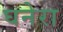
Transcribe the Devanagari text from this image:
घनेरा